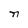
Character: n